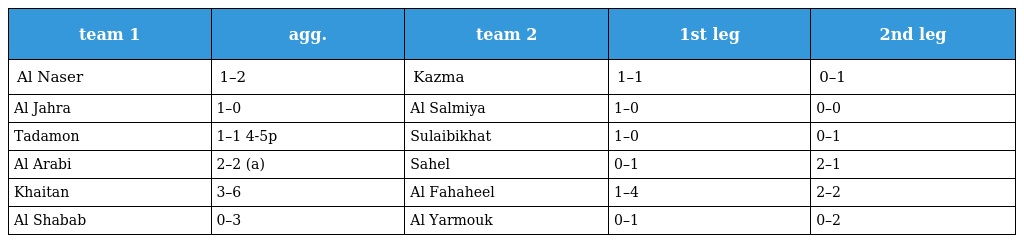
| team 1 | agg. | team 2 | 1st leg | 2nd leg |
 | --- | --- | --- | --- | --- |
 | Al Naser | 1–2 | Kazma | 1–1 | 0–1 |
 | Al Jahra | 1–0 | Al Salmiya | 1–0 | 0–0 |
 | Tadamon | 1–1 4-5p | Sulaibikhat | 1–0 | 0–1 |
 | Al Arabi | 2–2 (a) | Sahel | 0–1 | 2–1 |
 | Khaitan | 3–6 | Al Fahaheel | 1–4 | 2–2 |
 | Al Shabab | 0–3 | Al Yarmouk | 0–1 | 0–2 |